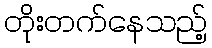
တိုးတက်နေသည့်